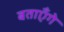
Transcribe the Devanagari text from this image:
बताएँगे